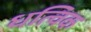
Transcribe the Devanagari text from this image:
धत्विक